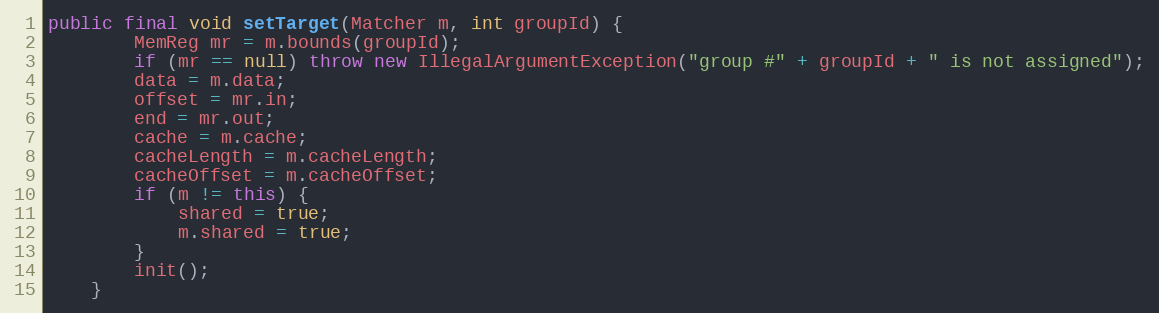
Language: Java
public final void setTarget(Matcher m, int groupId) {
        MemReg mr = m.bounds(groupId);
        if (mr == null) throw new IllegalArgumentException("group #" + groupId + " is not assigned");
        data = m.data;
        offset = mr.in;
        end = mr.out;
        cache = m.cache;
        cacheLength = m.cacheLength;
        cacheOffset = m.cacheOffset;
        if (m != this) {
            shared = true;
            m.shared = true;
        }
        init();
    }